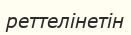
реттелінетін